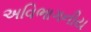
અવિભાગનીય